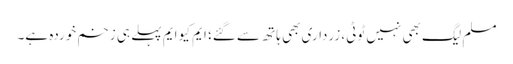
مسلم لیگ بھی نہیں ٹوٹی، زرداری بھی ہاتھ سے گئے؛ ایم کیو ایم پہلے ہی زخم خوردہ ہے۔